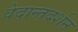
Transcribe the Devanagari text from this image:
वेदान्तदर्शन